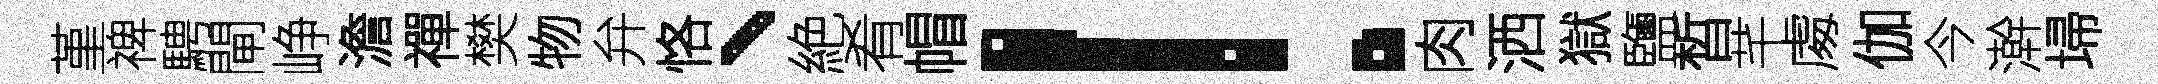
堇禆騁閘峥澹禪樊物弁恪、絶肴帽！肉洒獄鹽晳芊䖏伽今澣埽